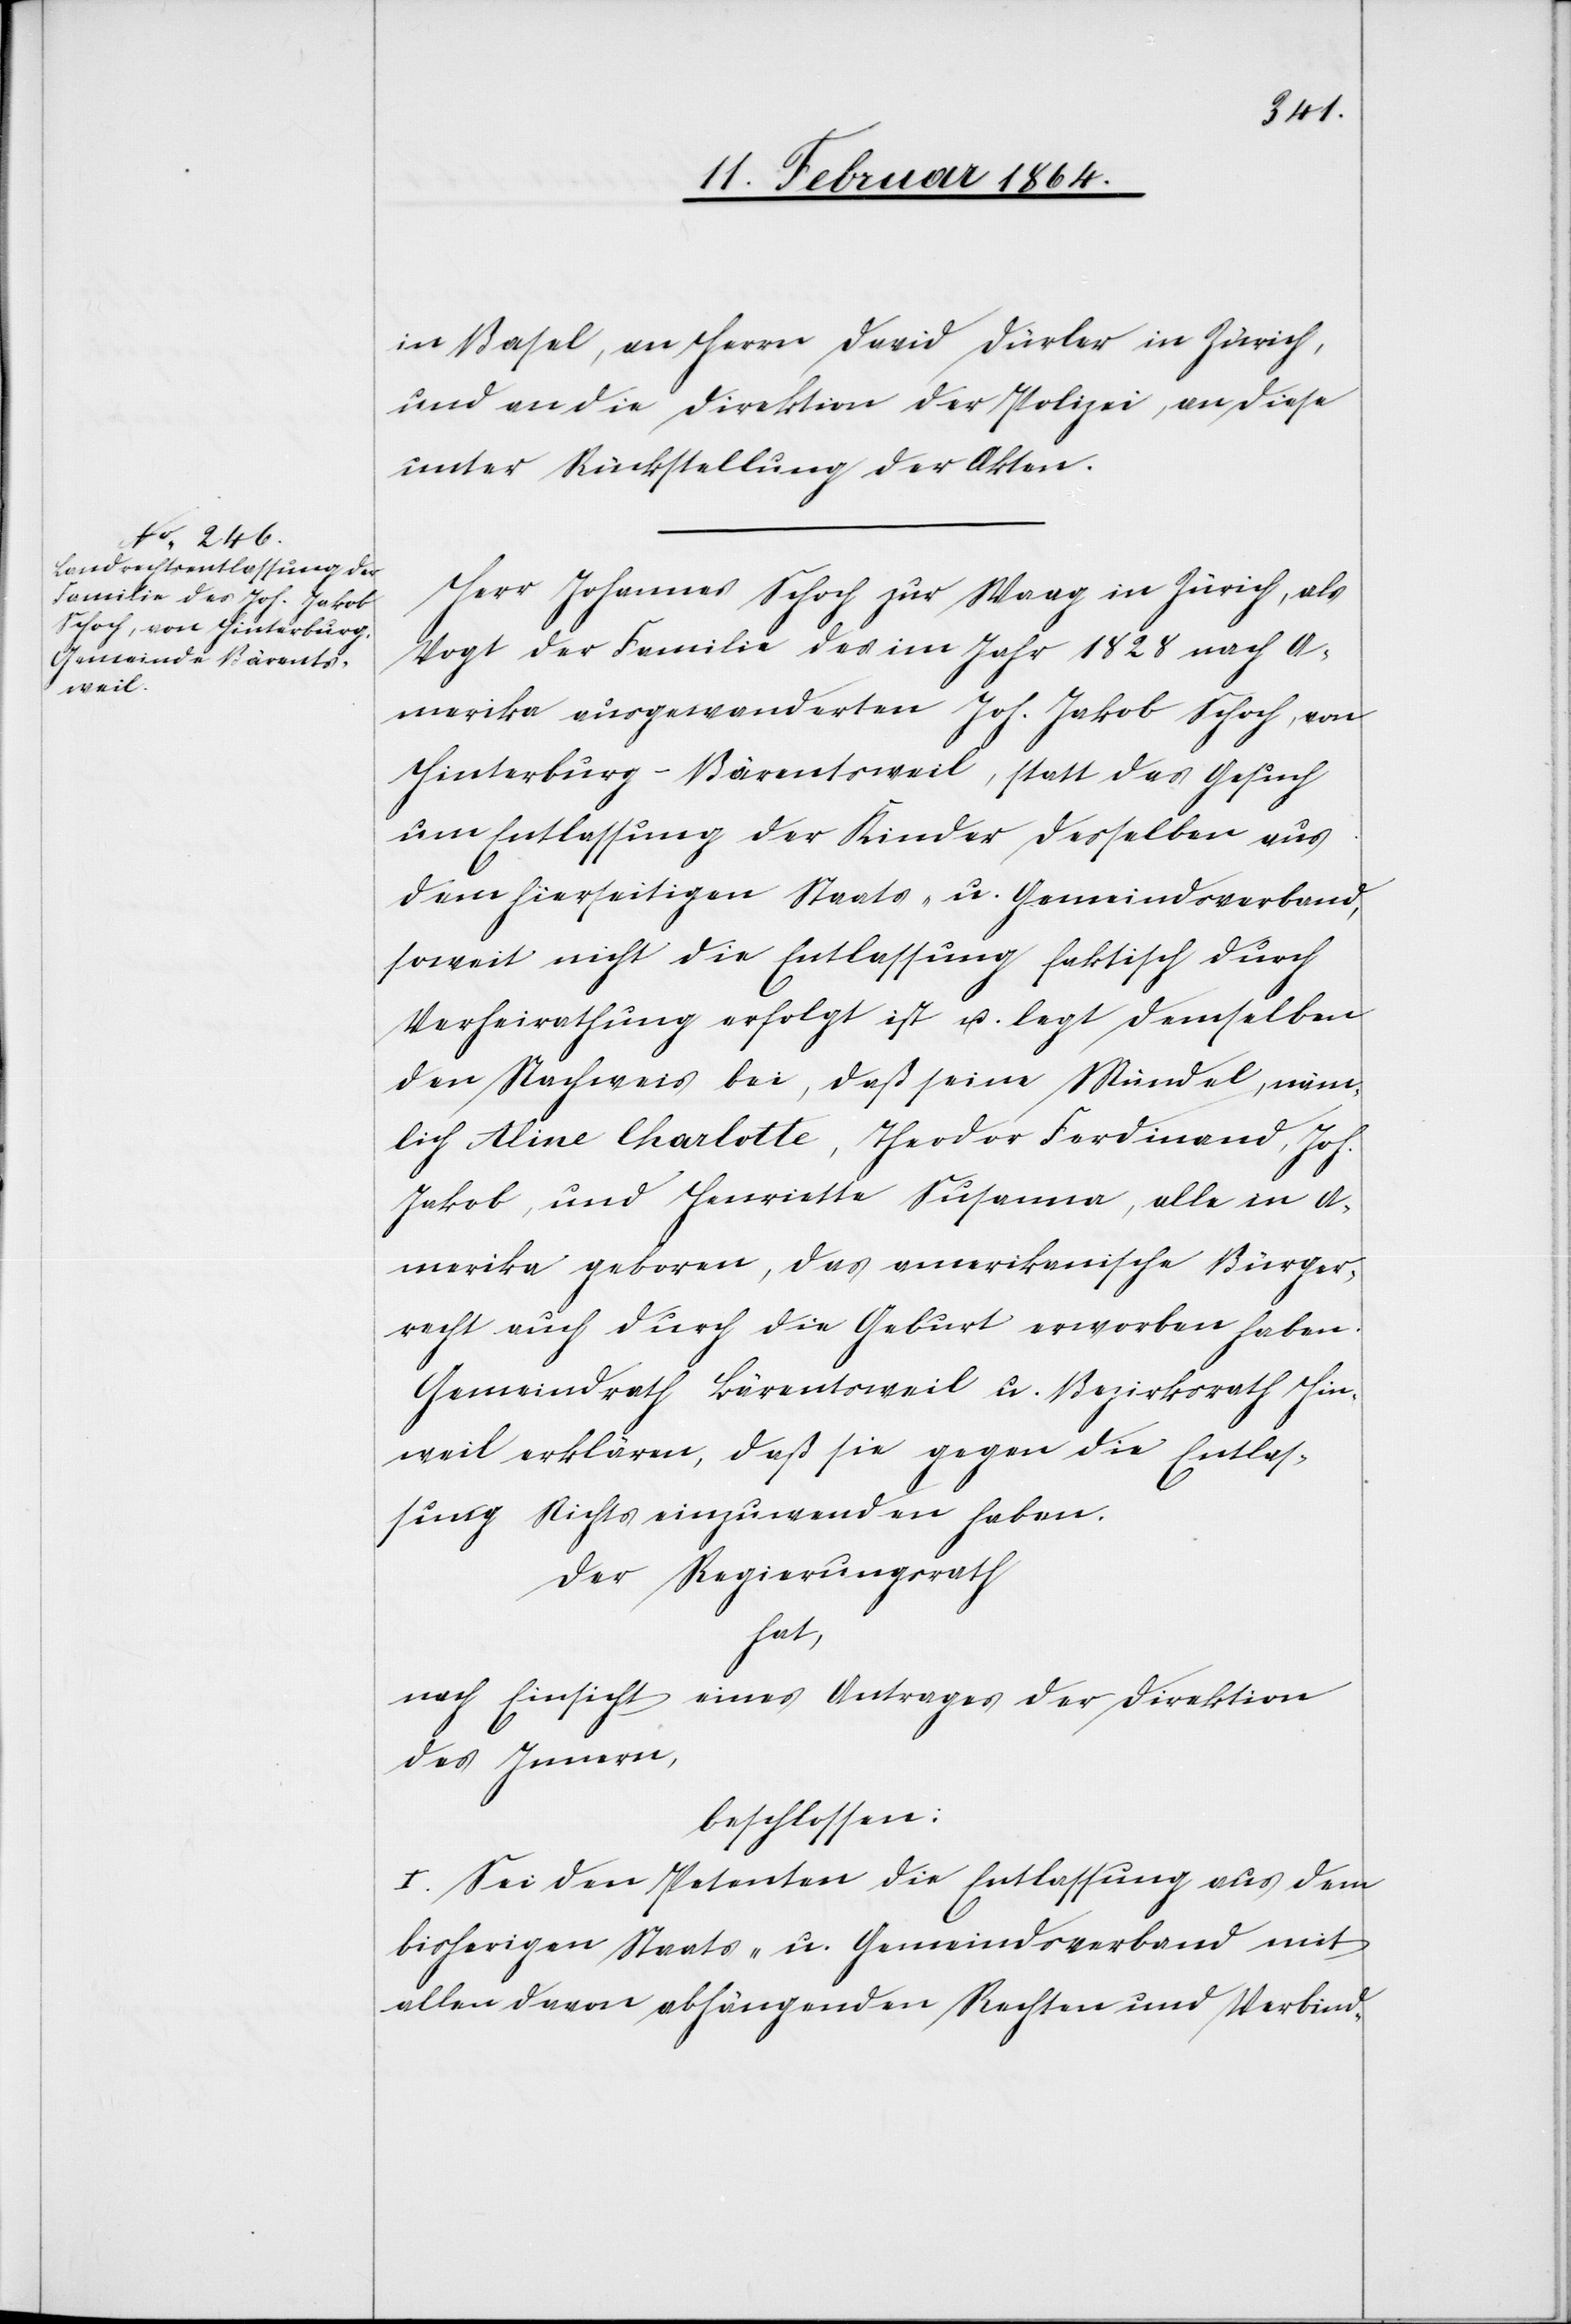
in Basel, an Herrn David Dürler in Zürich,
und an die Direktion der Polizei, an diese
unter Rückstellung der Akten.
Herr Johannes Schoch zur Waag in Zürich, als
Vogt der Familie des im Jahr 1828 nach A¬
merika ausgewanderten Joh. Jakob Schoch, von
Hinterburg-Bärentsweil, statt [sic!] das Gesuch
um Entlassung der Kinder desselben aus
dem hierseitigen Staats- u. Gemeindsverband,
soweit nicht die Entlassung faktisch durch
Verheirathung erfolgt ist u. legt demselben
den Nachweis bei, daß seine Mündel, näm¬
lich Aline Charlotte, Theodor Ferdinand, Joh.
Jakob, und Henriette Susanna, alle in A¬
merika geboren, das amerikanische Bürger¬
recht auch durch die Geburt erworben haben.
Gemeindrath Bärentsweil u. Bezirksrath Hin¬
weil erklären, daß sie gegen die Entlas¬
sung Nichts einzuwenden haben.
Der Regierungsrath,
hat,
nach Einsicht eines Antrages der Direktion
des Innern,
beschlossen:
I. Sei den Petenten die Entlassung aus dem
bisherigen Staats- u. Gemeindsverband mit
allen davon abhängenden Rechten und Verbind-